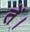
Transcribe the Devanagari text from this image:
तें।